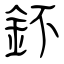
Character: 鈈